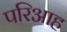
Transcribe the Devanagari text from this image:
परिआह